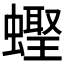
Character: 𬠪